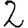
Digit: 2